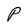
Character: P